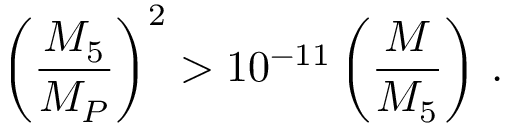
\left( \frac { M _ { 5 } } { M _ { P } } \right) ^ { 2 } > 1 0 ^ { - 1 1 } \left( \frac { M } { M _ { 5 } } \right) \, .